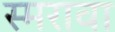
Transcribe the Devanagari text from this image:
स्मरावा